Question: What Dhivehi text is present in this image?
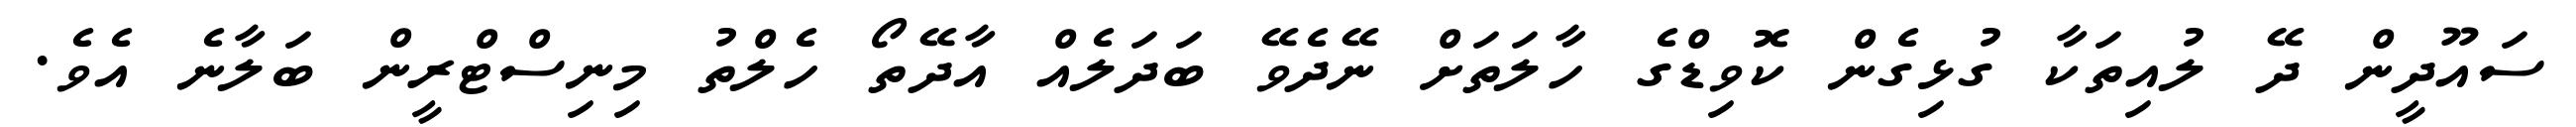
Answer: ސައޫދީން ދޭ ލުއިތަކާ ގުޅިގެން ކޮވިޑްގެ ހާލަތަށް ނޭދެވޭ ބަދަލެއް އާދޭތޯ ހެލްތު މިނިސްޓްރީން ބަލާނެ އެވެ.